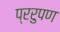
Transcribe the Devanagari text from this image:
प्ररुपण